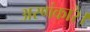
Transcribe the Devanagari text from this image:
अरणंकार।